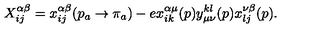
X _ { i j } ^ { \alpha \beta } = x _ { i j } ^ { \alpha \beta } ( p _ { a } \rightarrow \pi _ { a } ) - e x _ { i k } ^ { \alpha \mu } ( p ) y _ { \mu \nu } ^ { k l } ( p ) x _ { l j } ^ { \nu \beta } ( p ) .